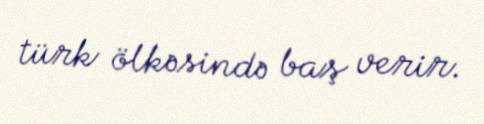
türk ölkəsində baş verir.